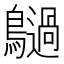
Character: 𪇍